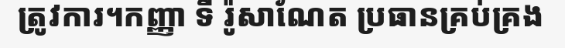
ត្រូវការ។កញ្ញា ទី រ៉ូសាណែត ប្រធានគ្រប់គ្រង